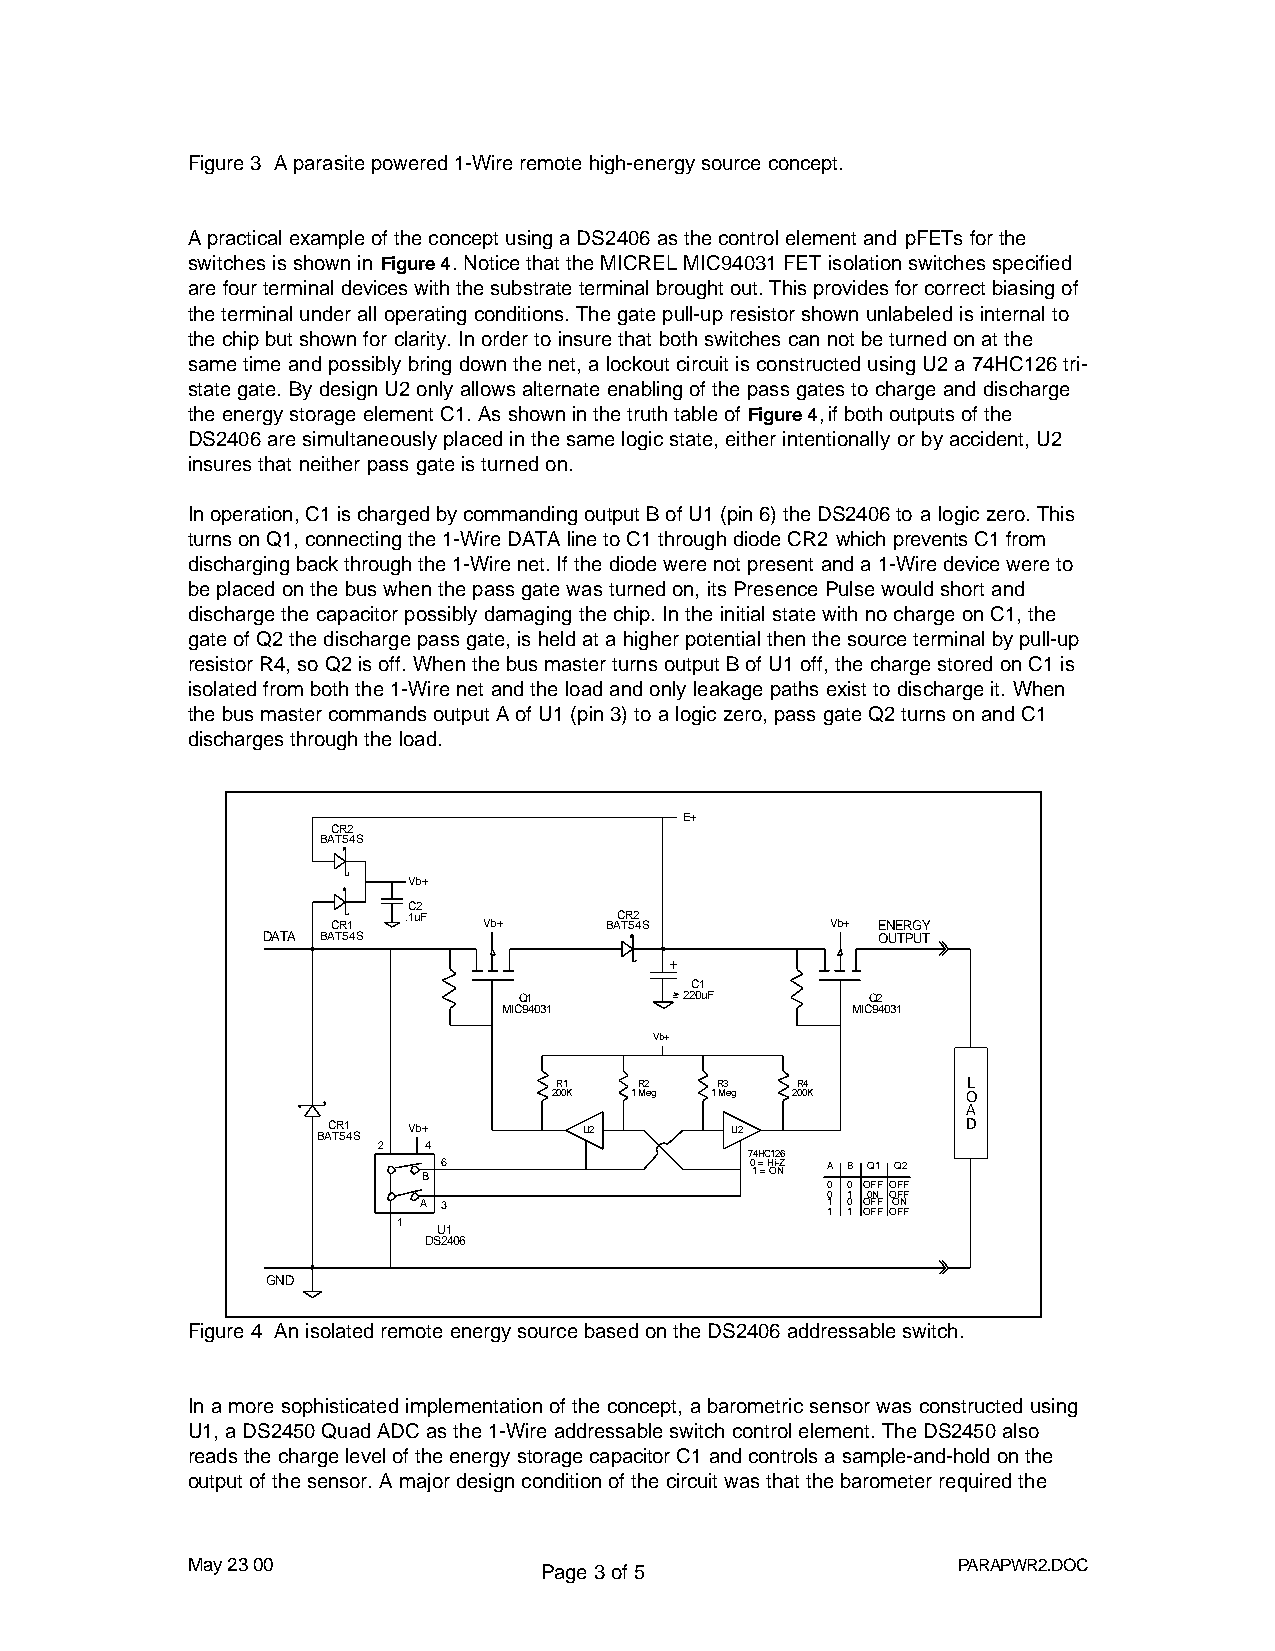
Figure 3 A parasite powered 1-Wire remote high-energy source concept.
 A practical example of the concept using a DS2406 as the control element and pFETs for the
 switches is shown in Figure 4. Notice that the MICREL MIC94031 FET isolation switches specified
 are four terminal devices with the substrate terminal brought out. This provides for correct biasing of
 the terminal under all operating conditions. The gate pull-up resistor shown unlabeled is internal to
 the chip but shown for clarity. In order to insure that both switches can not be turned on at the
 same time and possibly bring down the net, a lockout circuit is constructed using U2 a 74HC126 tri-
 state gate. By design U2 only allows alternate enabling of the pass gates to charge and discharge
 the energy storage element C1. As shown in the truth table of Figure 4, if both outputs of the
 DS2406 are simultaneously placed in the same logic state, either intentionally or by accident, U2
 insures that neither pass gate is turned on.
 In operation, C1 is charged by commanding output B of U1 (pin 6) the DS2406 to a logic zero. This
 turns on Q1, connecting the 1-Wire DATA line to C1 through diode CR2 which prevents C1 from
 discharging back through the 1-Wire net. If the diode were not present and a 1-Wire device were to
 be placed on the bus when the pass gate was turned on, its Presence Pulse would short and
 discharge the capacitor possibly damaging the chip. In the initial state with no charge on C1, the
 gate of Q2 the discharge pass gate, is held at a higher potential then the source terminal by pull-up
 resistor R4, so Q2 is off. When the bus master turns output B of U1 off, the charge stored on C1 is
 isolated from both the 1-Wire net and the load and only leakage paths exist to discharge it. When
 the bus master commands output A of U1 (pin 3) to a logic zero, pass gate Q2 turns on and C1
 discharges through the load.
 E+
 CR2
 BAT54S
 Vb+
 C2
 CR1  .1uF Vb+     BAC TR 52 4S   Vb+ ENERGY
 DATA BAT54S                              OUTPUT
 +
 C1
 Q1         220uF        Q2
 MIC94031               MIC94031
 Vb+
 R1   R2   R3    R4         L
 200K 1 Meg 1 Meg 200K      O
 A
 BAC TR 51 4S Vb+  U2       U2              D
 2  4
 74HC126
 B 6                   0 1 = = H Oi- NZ A B Q1 Q2
 0 0 OFF OFF
 0 1 0N OFF
 A 3                        1 0 OFF ON
 1 1 OFF OFF
 1
 U1
 DS2406
 GND
 Figure 4 An isolated remote energy source based on the DS2406 addressable switch.
 In a more sophisticated implementation of the concept, a barometric sensor was constructed using
 U1, a DS2450 Quad ADC as the 1-Wire addressable switch control element. The DS2450 also
 reads the charge level of the energy storage capacitor C1 and controls a sample-and-hold on the
 output of the sensor. A major design condition of the circuit was that the barometer required the
 May 23 00               Page 3 of 5                PARAPWR2.DOC